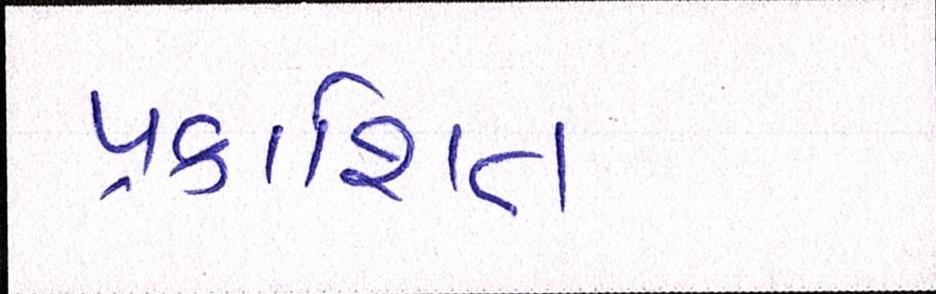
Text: પ્રકાશિત